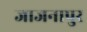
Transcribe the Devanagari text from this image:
जाजनापुर